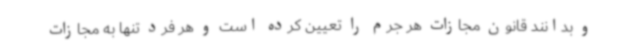
و بدانند قانون مجازات هر جرم را تعیین کرده است و هر فرد تنها به مجازات